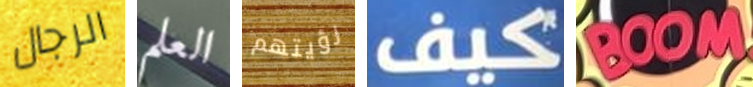
الرجال العلم رؤيتهم كيف BOOM